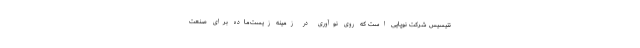
نتیسیس شرکت نوپایی است که روی نوآوری در زمینه زیست‌ماده برای صنعت